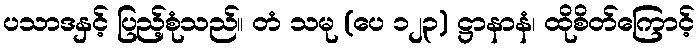
ပသာဒနှင့် ပြည့်စုံသည်။ တံ သမု (ပေ ၁၂၃) ဋ္ဌာနာနံ၊ ထိုစိတ်ကြောင့်